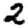
Digit: 2